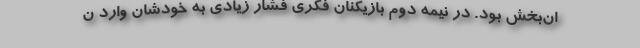
ان‌بخش بود. در نیمه دوم بازیکنان فکری فشار زیادی به خودشان وارد ن